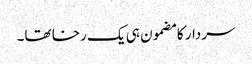
سردار کا مضمون ہی یک رخا تھا۔